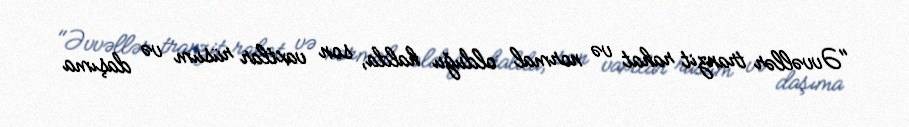
"Əvvəllər tranzit rahat və normal olduğu halda, son vaxtlar rüsum və daşıma